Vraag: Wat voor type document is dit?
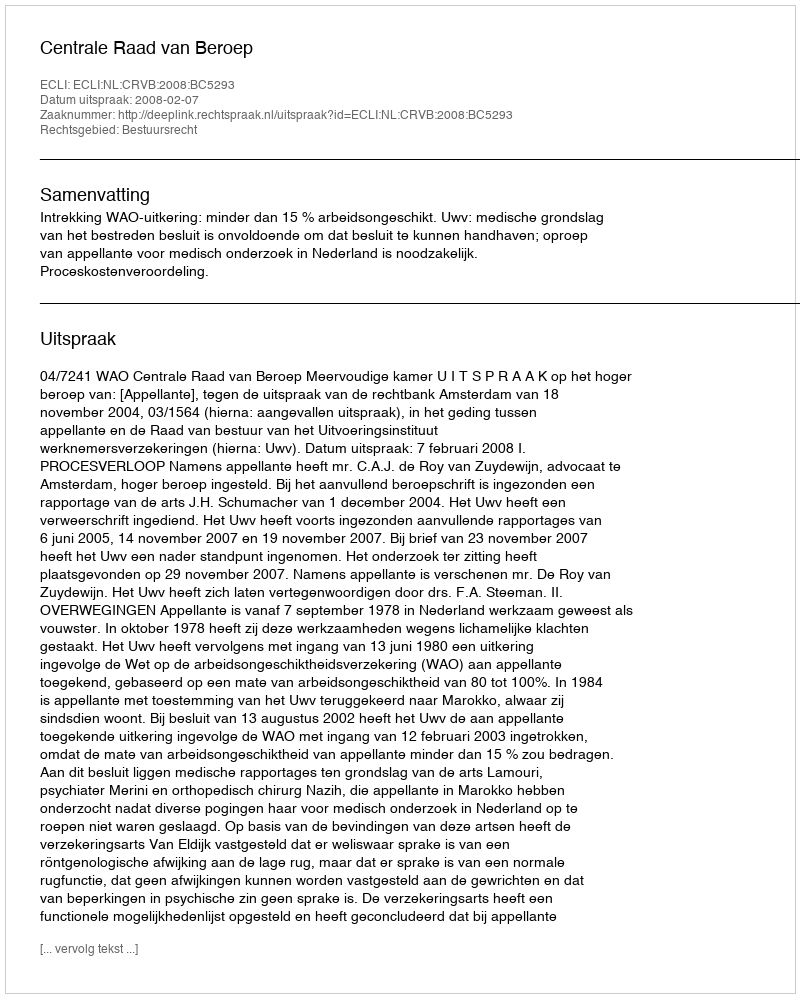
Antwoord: Uitspraak